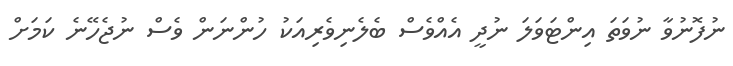
ނުފޮނުވާ ނުވަތަ އިންޓަވަލަ ނުދީ އެއްވެސް ބެލެނިވެރިއަކު ހުންނަން ވެސް ނުޖެހޭނެ ކަމަށް